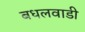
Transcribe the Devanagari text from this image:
बधलवाडी